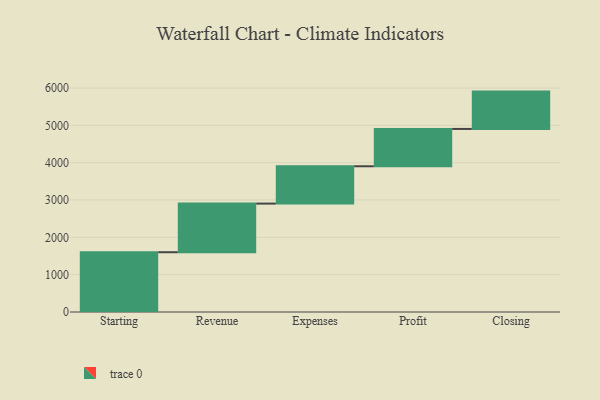
{"axis": {"x": "Step", "y": "Value"}, "legend": [""], "data": [{"x": "Starting", "y": 1601.0, "type": ""}, {"x": "Revenue", "y": 1303.0, "type": ""}, {"x": "Expenses", "y": 1000, "type": ""}, {"x": "Profit", "y": 1000, "type": ""}, {"x": "Closing", "y": 1000, "type": ""}]}